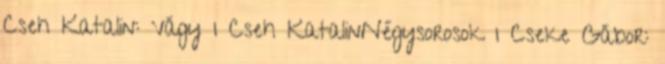
Cseh Katalin: Vágy 1 Cseh KatalinNégysorosok 1 Cseke Gábor: